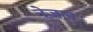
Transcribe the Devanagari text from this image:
नेज़ल